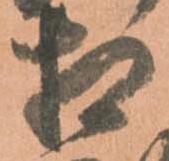
相